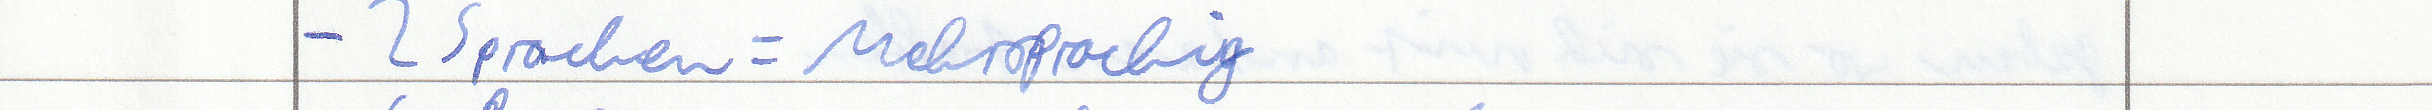
- 2 Sprachen = Mehrsprachig